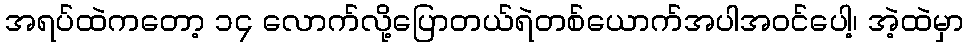
အရပ်ထဲကတော့ ၁၄ လောက်လို့ပြောတယ်ရဲတစ်ယောက်အပါအဝင်ပေါ့၊ အဲ့ထဲမှာ